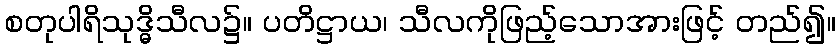
စတုပါရိသုဒ္ဓိသီလ၌။ ပတိဋ္ဌာယ၊ သီလကိုဖြည့်သောအားဖြင့် တည်၍။